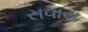
સવાય